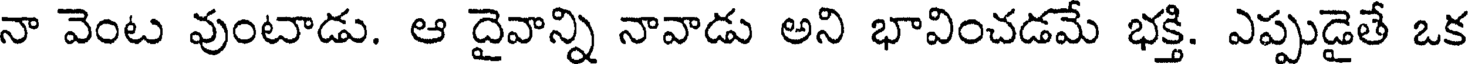
నా వెంట వుంటాడు. ఆ దైవాన్ని నావాడు అని భావించడమే భక్తి. ఎప్పుడైతే ఒక